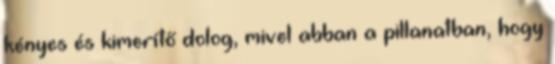
kényes és kimerítő dolog, mivel abban a pillanatban, hogy